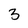
Character: 3